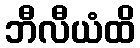
ဘီလီယံထိ